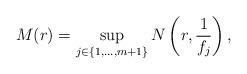
LaTeX: \begin{align*} M(r)=\sup_{j\in\{1,\ldots,m+1\}} N\left(r,\frac{1}{f_j}\right), \end{align*}